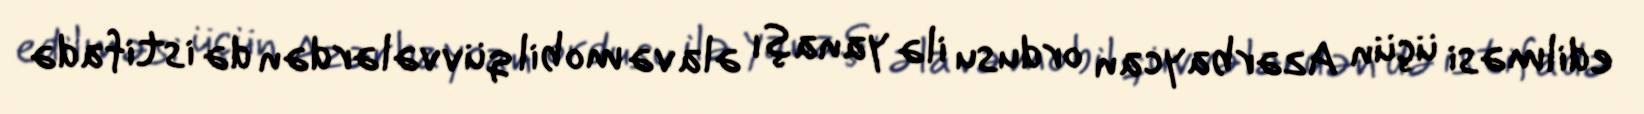
edilməsi üçün Azərbaycan ordusu ilə yanaşı əlavə mobil qüvvələrdən də istifadə